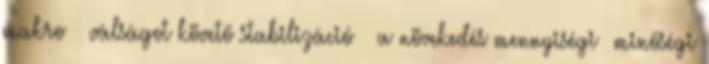
makro  válságot követő stabilizáció  a növekedés mennyiségi minőségi